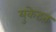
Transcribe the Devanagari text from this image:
युकेटन